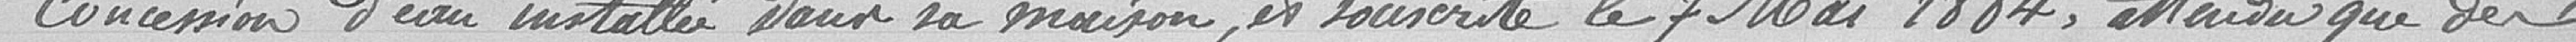
concession d'eau installée dans sa maison, et souscrite le 7 mai 1884, attendu que des